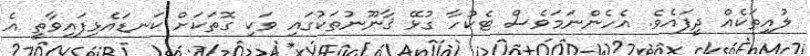
ލުއިތަކެއް ދީފައެވެ. އެހެންނަމަވެސް ޓެކުހާ ގުޅޭ ޤާނޫނުތަކުގައި ވަކި ގޮތަކަށް ކަނޑައެޅިފައިވާތީ އެ